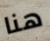
هنا